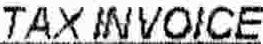
TAX INVOICE